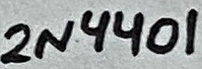
Text: 2N4401